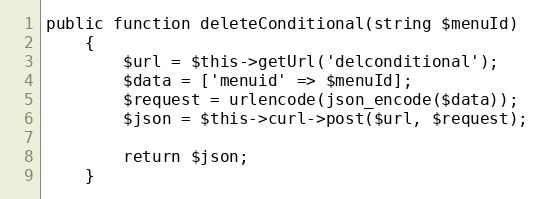
Language: PHP
public function deleteConditional(string $menuId)
    {
        $url = $this->getUrl('delconditional');
        $data = ['menuid' => $menuId];
        $request = urlencode(json_encode($data));
        $json = $this->curl->post($url, $request);

        return $json;
    }